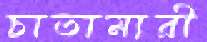
চাতামারী